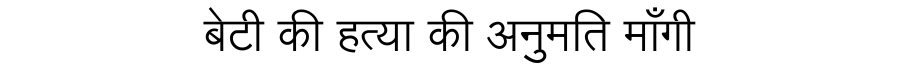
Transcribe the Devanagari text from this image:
बेटी की हत्या की अनुमति माँगी